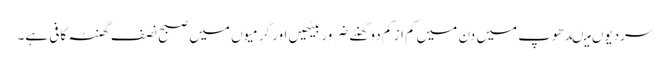
سردیوں میںدھوپ میں دن میں کم از کم دو گھنٹے ضرور بیٹھیں اور گرمیوں میں صبح نصف گھنٹہ کافی ہے۔